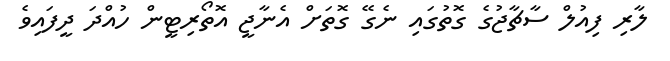
ލާރި ފިއުލް ސާޗާޖުގެ ގޮތުގައި ނެގޭ ގޮތަށް އެނާޖީ އޮތޯރިޓީން ހުއްދަ ދީފައިވެ